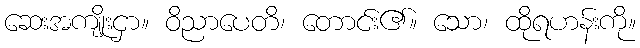
ဆေးအကျိုးငှာ။ ဝိညာပေတိ၊ တောင်း၏။ သော၊ ထိုရဟန်းကို။